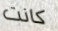
كانت